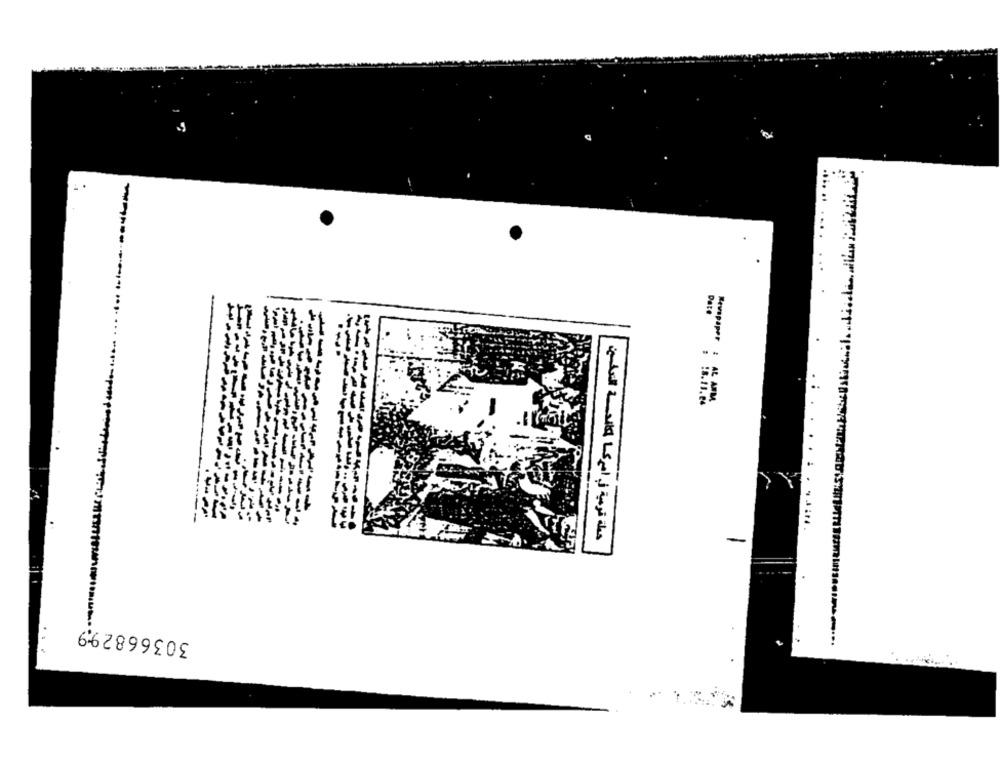
Revapaper : 12 AM
حملة قومية في أميركا لمكافحسسة التدخين
-
30366829,9